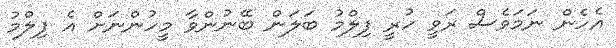
އެހެން ނަމަވެސް ރަވީ ހުރީ ފިލްމު ބަލަން ބޭނުންވާ މީހުންނަށް އެ ފިލްމު